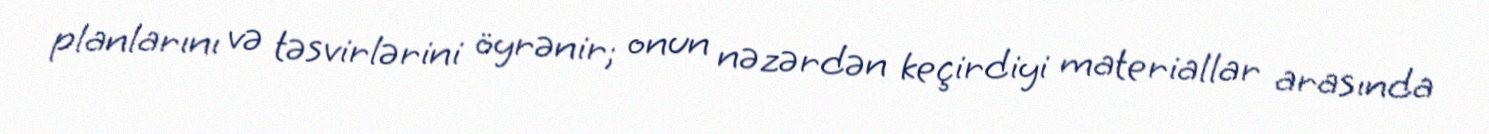
planlarını və təsvirlərini öyrənir; onun nəzərdən keçirdiyi materiallar arasında